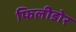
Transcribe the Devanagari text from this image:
फिलीडोर